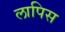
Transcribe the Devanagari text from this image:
लापिस